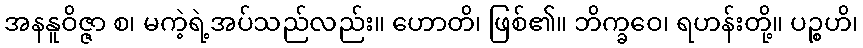
အနနူဝိဇ္ဇာ စ၊ မကဲ့ရဲ့အပ်သည်လည်း။ ဟောတိ၊ ဖြစ်၏။ ဘိက္ခဝေ၊ ရဟန်းတို့။ ပဉ္စဟိ၊